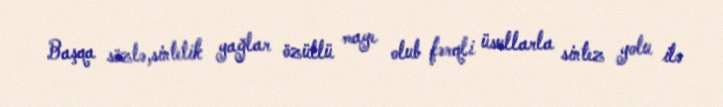
Başqa sözlə,sintetik yağlar özüllü maye olub fərqli üsullarla sintez yolu ilə